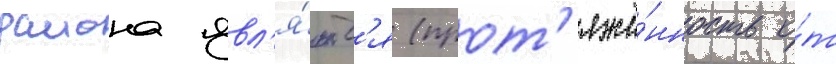
раиона явл'я́ютс'я (прот'яжё́нность о́т